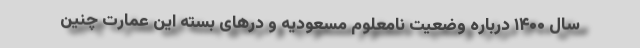
سال ۱۴۰۰ درباره وضعیت نامعلوم مسعودیه و درهای بسته این عمارت چنین